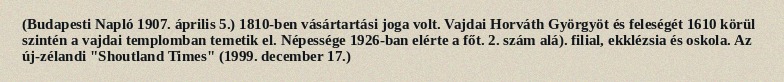
(Budapesti Napló 1907. április 5.) 1810-ben vásártartási joga volt. Vajdai Horváth Györgyöt és feleségét 1610 körül szintén a vajdai templomban temetik el. Népessége 1926-ban elérte a főt. 2. szám alá). filial, ekklézsia és oskola. Az új-zélandi "Shoutland Times" (1999. december 17.)